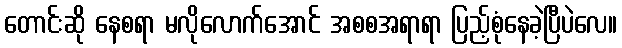
တောင်းဆို နေစရာ မလိုလောက်အောင် အစစအရာရာ ပြည့်စုံနေခဲ့ပြီပဲလေ။